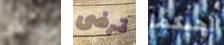
ساعد ترضى أحبكما